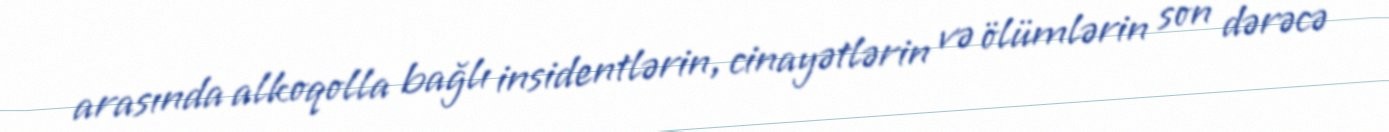
arasında alkoqolla bağlı insidentlərin, cinayətlərin və ölümlərin son dərəcə